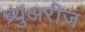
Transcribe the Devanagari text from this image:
ब्र्युअरीज़